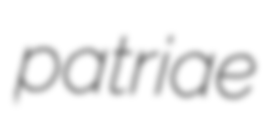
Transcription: patriae